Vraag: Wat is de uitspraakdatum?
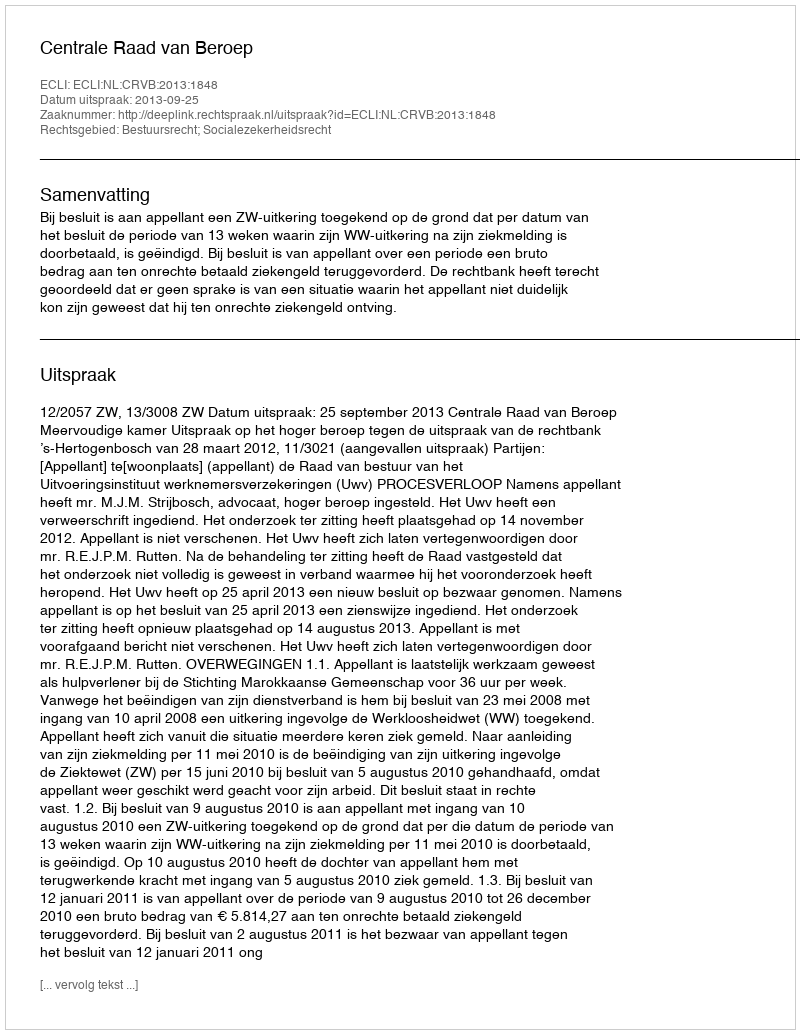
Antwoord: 2013-09-25